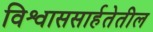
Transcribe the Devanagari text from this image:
विश्वाससार्हतेतील